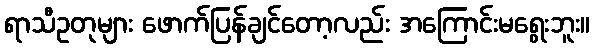
ရာသီဥတုများ ဖောက်ပြန်ချင်တော့လည်း အကြောင်းမရွေးဘူး။